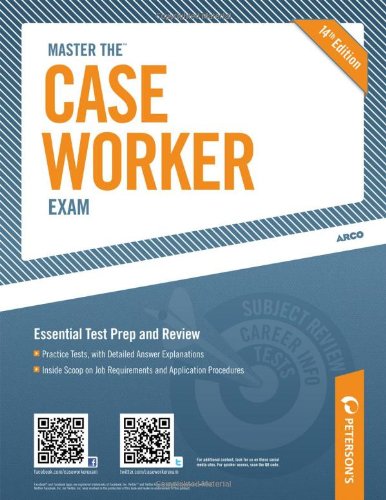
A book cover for Master the Case Worker Exam (Arco Master the Case Worker Exam); Peterson's; Test Preparation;